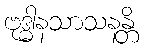
ဗုဒ္ဓါနသာသနန္တိ